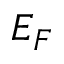
E _ { F }